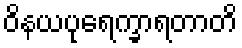
ဝိနယပုရေက္ခာရတာတိ